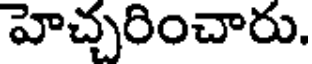
హెచ్చరించారు.